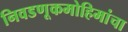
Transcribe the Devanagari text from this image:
निवडणूकमोहिमांचा